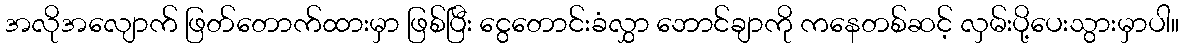
အလိုအလျောက် ဖြတ်တောက်ထားမှာ ဖြစ်ပြီး ငွေတောင်းခံလွှာ ဘောင်ချာကို ကနေတစ်ဆင့် လှမ်းပို့ပေးသွားမှာပါ။